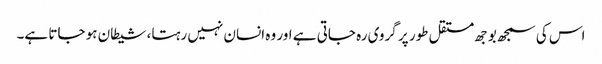
اس کی سمجھ بوجھ مستقل طور پر گروی رہ جاتی ہے اور وہ انسان نہیں رہتا، شیطان ہو جاتا ہے۔